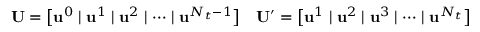
\mathbf { U } = \big [ \mathbf { u } ^ { 0 } \mid \mathbf { u } ^ { 1 } \mid \mathbf { u } ^ { 2 } \mid \cdots \mid \mathbf { u } ^ { N _ { t } - 1 } \big ] \quad \mathbf { U } ^ { \prime } = \big [ \mathbf { u } ^ { 1 } \mid \mathbf { u } ^ { 2 } \mid \mathbf { u } ^ { 3 } \mid \cdots \mid \mathbf { u } ^ { N _ { t } } \big ]